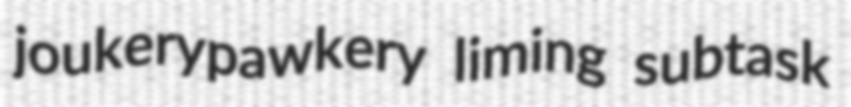
joukerypawkery liming subtask